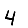
Digit: 4